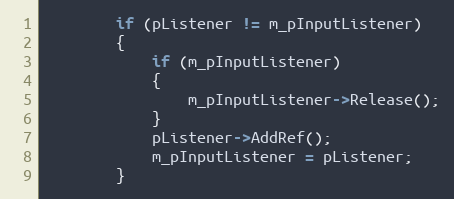
Language: C
		if (pListener != m_pInputListener)
		{
			if (m_pInputListener)
			{
				m_pInputListener->Release();
			}
			pListener->AddRef();
			m_pInputListener = pListener;
		}